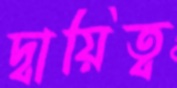
দ্বায়িত্ব